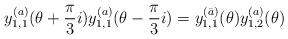
LaTeX: \begin{align*}y^{(a)}_{1,1} ( \theta+\frac{\pi}{3}i) y^{(a)}_{1,1} ( \theta-\frac{\pi}{3}i) = y^{(\bar{a})}_{1,1} (\theta) y^{(a)}_{1,2} (\theta) \end{align*}